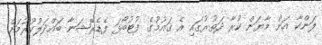
ލަންކާ އަށް މާޔަން ކުރާ ދަތުރުގައި އެ ގައުމުގެ ފުޓުބޯޅަ ފެޑެރޭޝަނާ ބައްދަލުކުރުމަށް